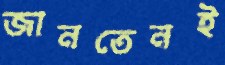
জানতেনই